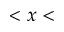
< x <